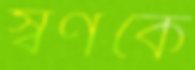
স্বর্ণকে